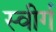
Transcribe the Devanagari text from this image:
स्वीर्ग